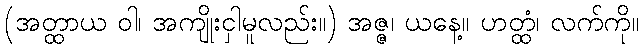
(အတ္ထာယ ဝါ၊ အကျိုးငှါမူလည်း။) အဇ္ဇ၊ ယနေ့။ ဟတ္ထံ၊ လက်ကို။